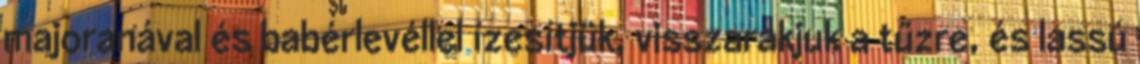
majoranával és babérlevéllel ízesítjük, visszarakjuk a tűzre, és lassú